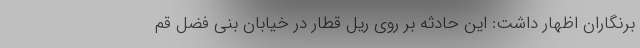
برنگاران اظهار داشت: این حادثه بر روی ریل قطار در خیابان بنی فضل قم